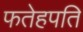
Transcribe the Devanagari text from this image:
फतेहपति